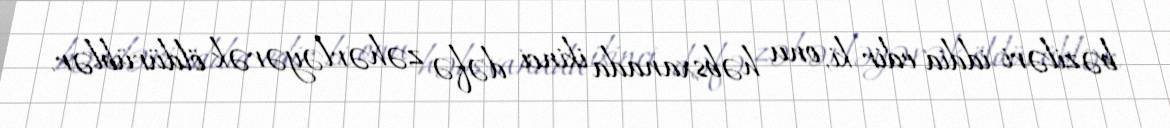
bəziləri iddia edir ki, onu həbsxanada ikinci dəfə zəhərləyərək öldürüblər.